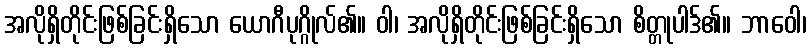
အလိုရှိတိုင်းဖြစ်ခြင်းရှိသော ယောဂီပုဂ္ဂိုလ်၏။ ဝါ၊ အလိုရှိတိုင်းဖြစ်ခြင်းရှိသော စိတ္တုပါဒ်၏။ ဘာဝေါ၊